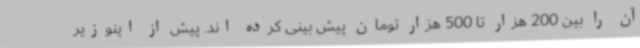
آن را بین 200 هزار تا 500 هزار تومان پیش بینی کرده اند. پیش از اینوزیر